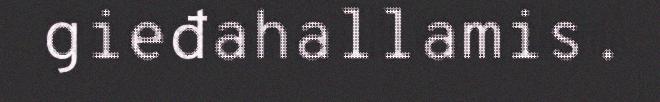
gieđahallamis.